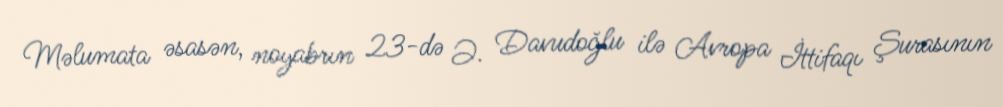
Məlumata əsasən, noyabrın 23-də Ə. Davudoğlu ilə Avropa İttifaqı Şurasının